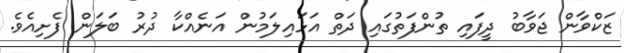
ޒަކްވާން ޖަވާބު ދީފައި ތުންފަތުގައި ދަތް އަޅައިލަމުން އަނެއްކާ ދުރު ބަލަން ފެށިއެވެ.